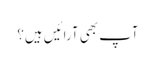
آپ بھی آرائیں ہیں؟